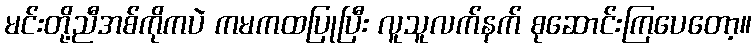
မင်းတို့ညီအစ်ကိုကပဲ ကမကထပြုပြီး လူသူလက်နက် စုဆောင်းကြပေတော့။